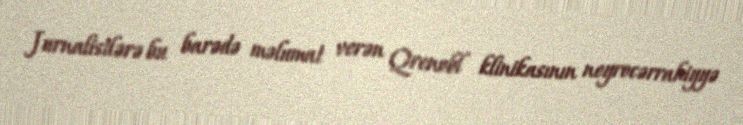
Jurnalistlərə bu barədə məlumat verən Qrenobl klinikasının neyrocərrahiyyə